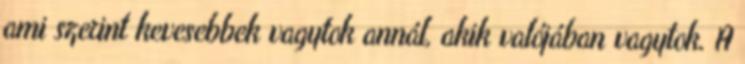
ami szerint kevesebbek vagytok annál, akik valójában vagytok. A